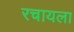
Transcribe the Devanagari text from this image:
रचायला